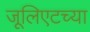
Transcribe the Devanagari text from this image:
जूलिएटच्या